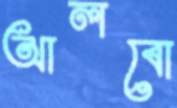
আলবো